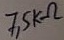
Text: 7,5KΩ